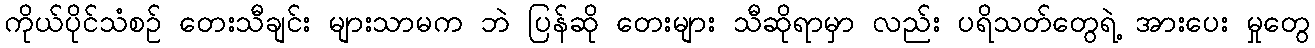
ကိုယ်ပိုင်သံစဉ် တေးသီချင်း များသာမက ဘဲ ပြန်ဆို တေးများ သီဆိုရာမှာ လည်း ပရိသတ်တွေရဲ့ အားပေး မှုတွေ